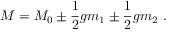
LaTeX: M = M _ { 0 } \pm { \frac { 1 } { 2 } } g m _ { 1 } \pm { \frac { 1 } { 2 } } g m _ { 2 } \ .